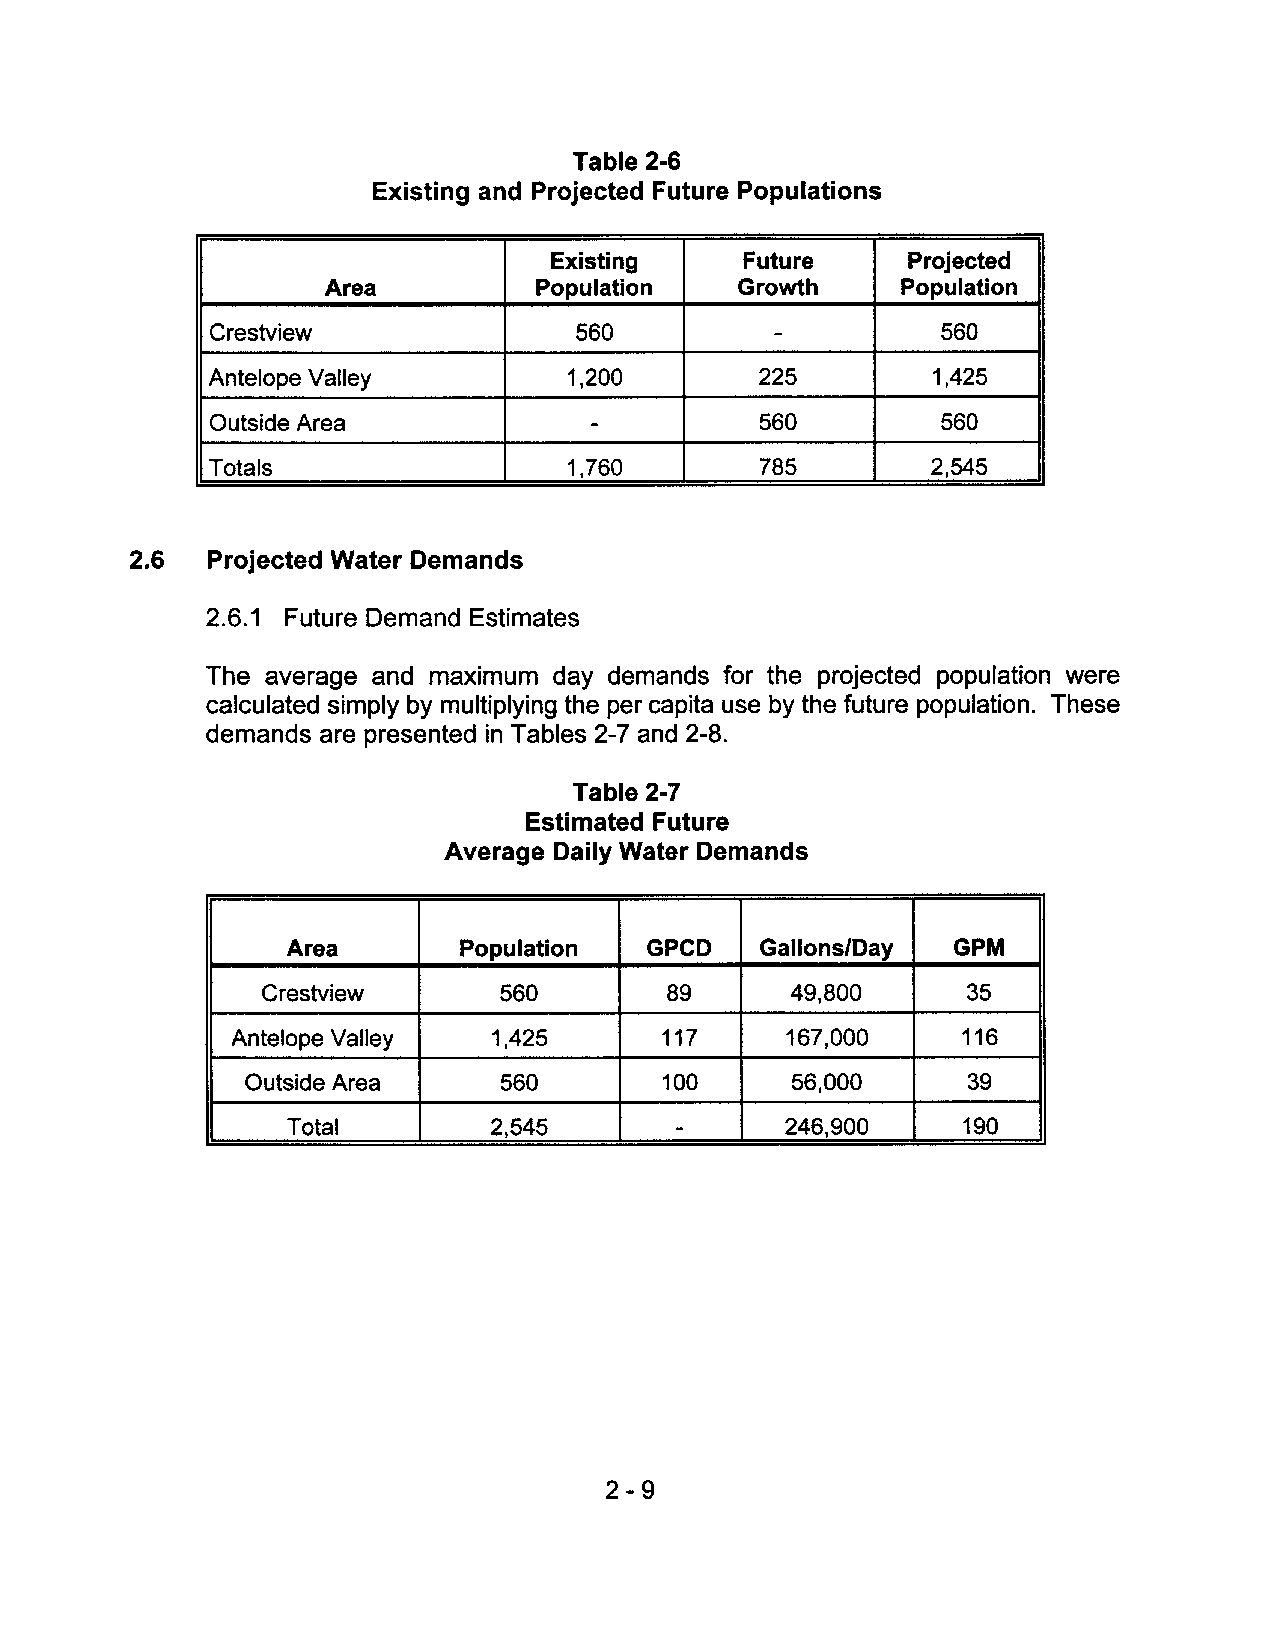
Table 2-6
 Existing and Projected Future Populations
 Existing     Future     Projected
 Area         Population    Growth     Population
 Crestview               560          -          560
 Antelope Valley         1,200       225         1,425
 Outside Area             -          560         560
 Totals                  1,760       785         2,545
 2.6  Projected Water Demands
 2.6.1 Future Demand Estimates
 The average and maximum day demands for the projected population were
 calculated simply by multiplying the per capita use by the future population. These
 demands are presented in Tables 2-7 and 2-8.
 Table 2-7
 Estimated Future
 Average Daily Water Demands
 Area       Population   GPCD   Gallons/Day  GPM
 Crestview       560        89      49,800      35
 Antelope Valley   1,425      117     167,000     116
 Outside Area     560        100     56,000      39
 Total        2,545        -      246,900     190
 2-9